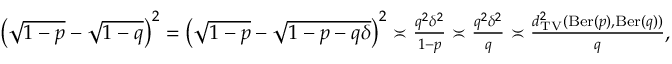
\begin{array} { r } { \left( \sqrt { 1 - p } - \sqrt { 1 - q } \right) ^ { 2 } = \left( \sqrt { 1 - p } - \sqrt { 1 - p - q \delta } \right) ^ { 2 } \asymp \frac { q ^ { 2 } \delta ^ { 2 } } { 1 - p } \asymp \frac { q ^ { 2 } \delta ^ { 2 } } { q } \asymp \frac { d _ { \mathrm { T V } } ^ { 2 } ( \mathrm { B e r } ( p ) , \mathrm { B e r } ( q ) ) } { q } , } \end{array}